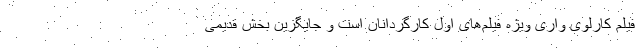
فیلم کارلوی واری ویژه فیلم‌های اول کارگردانان است و جایگزین بخش قدیمی